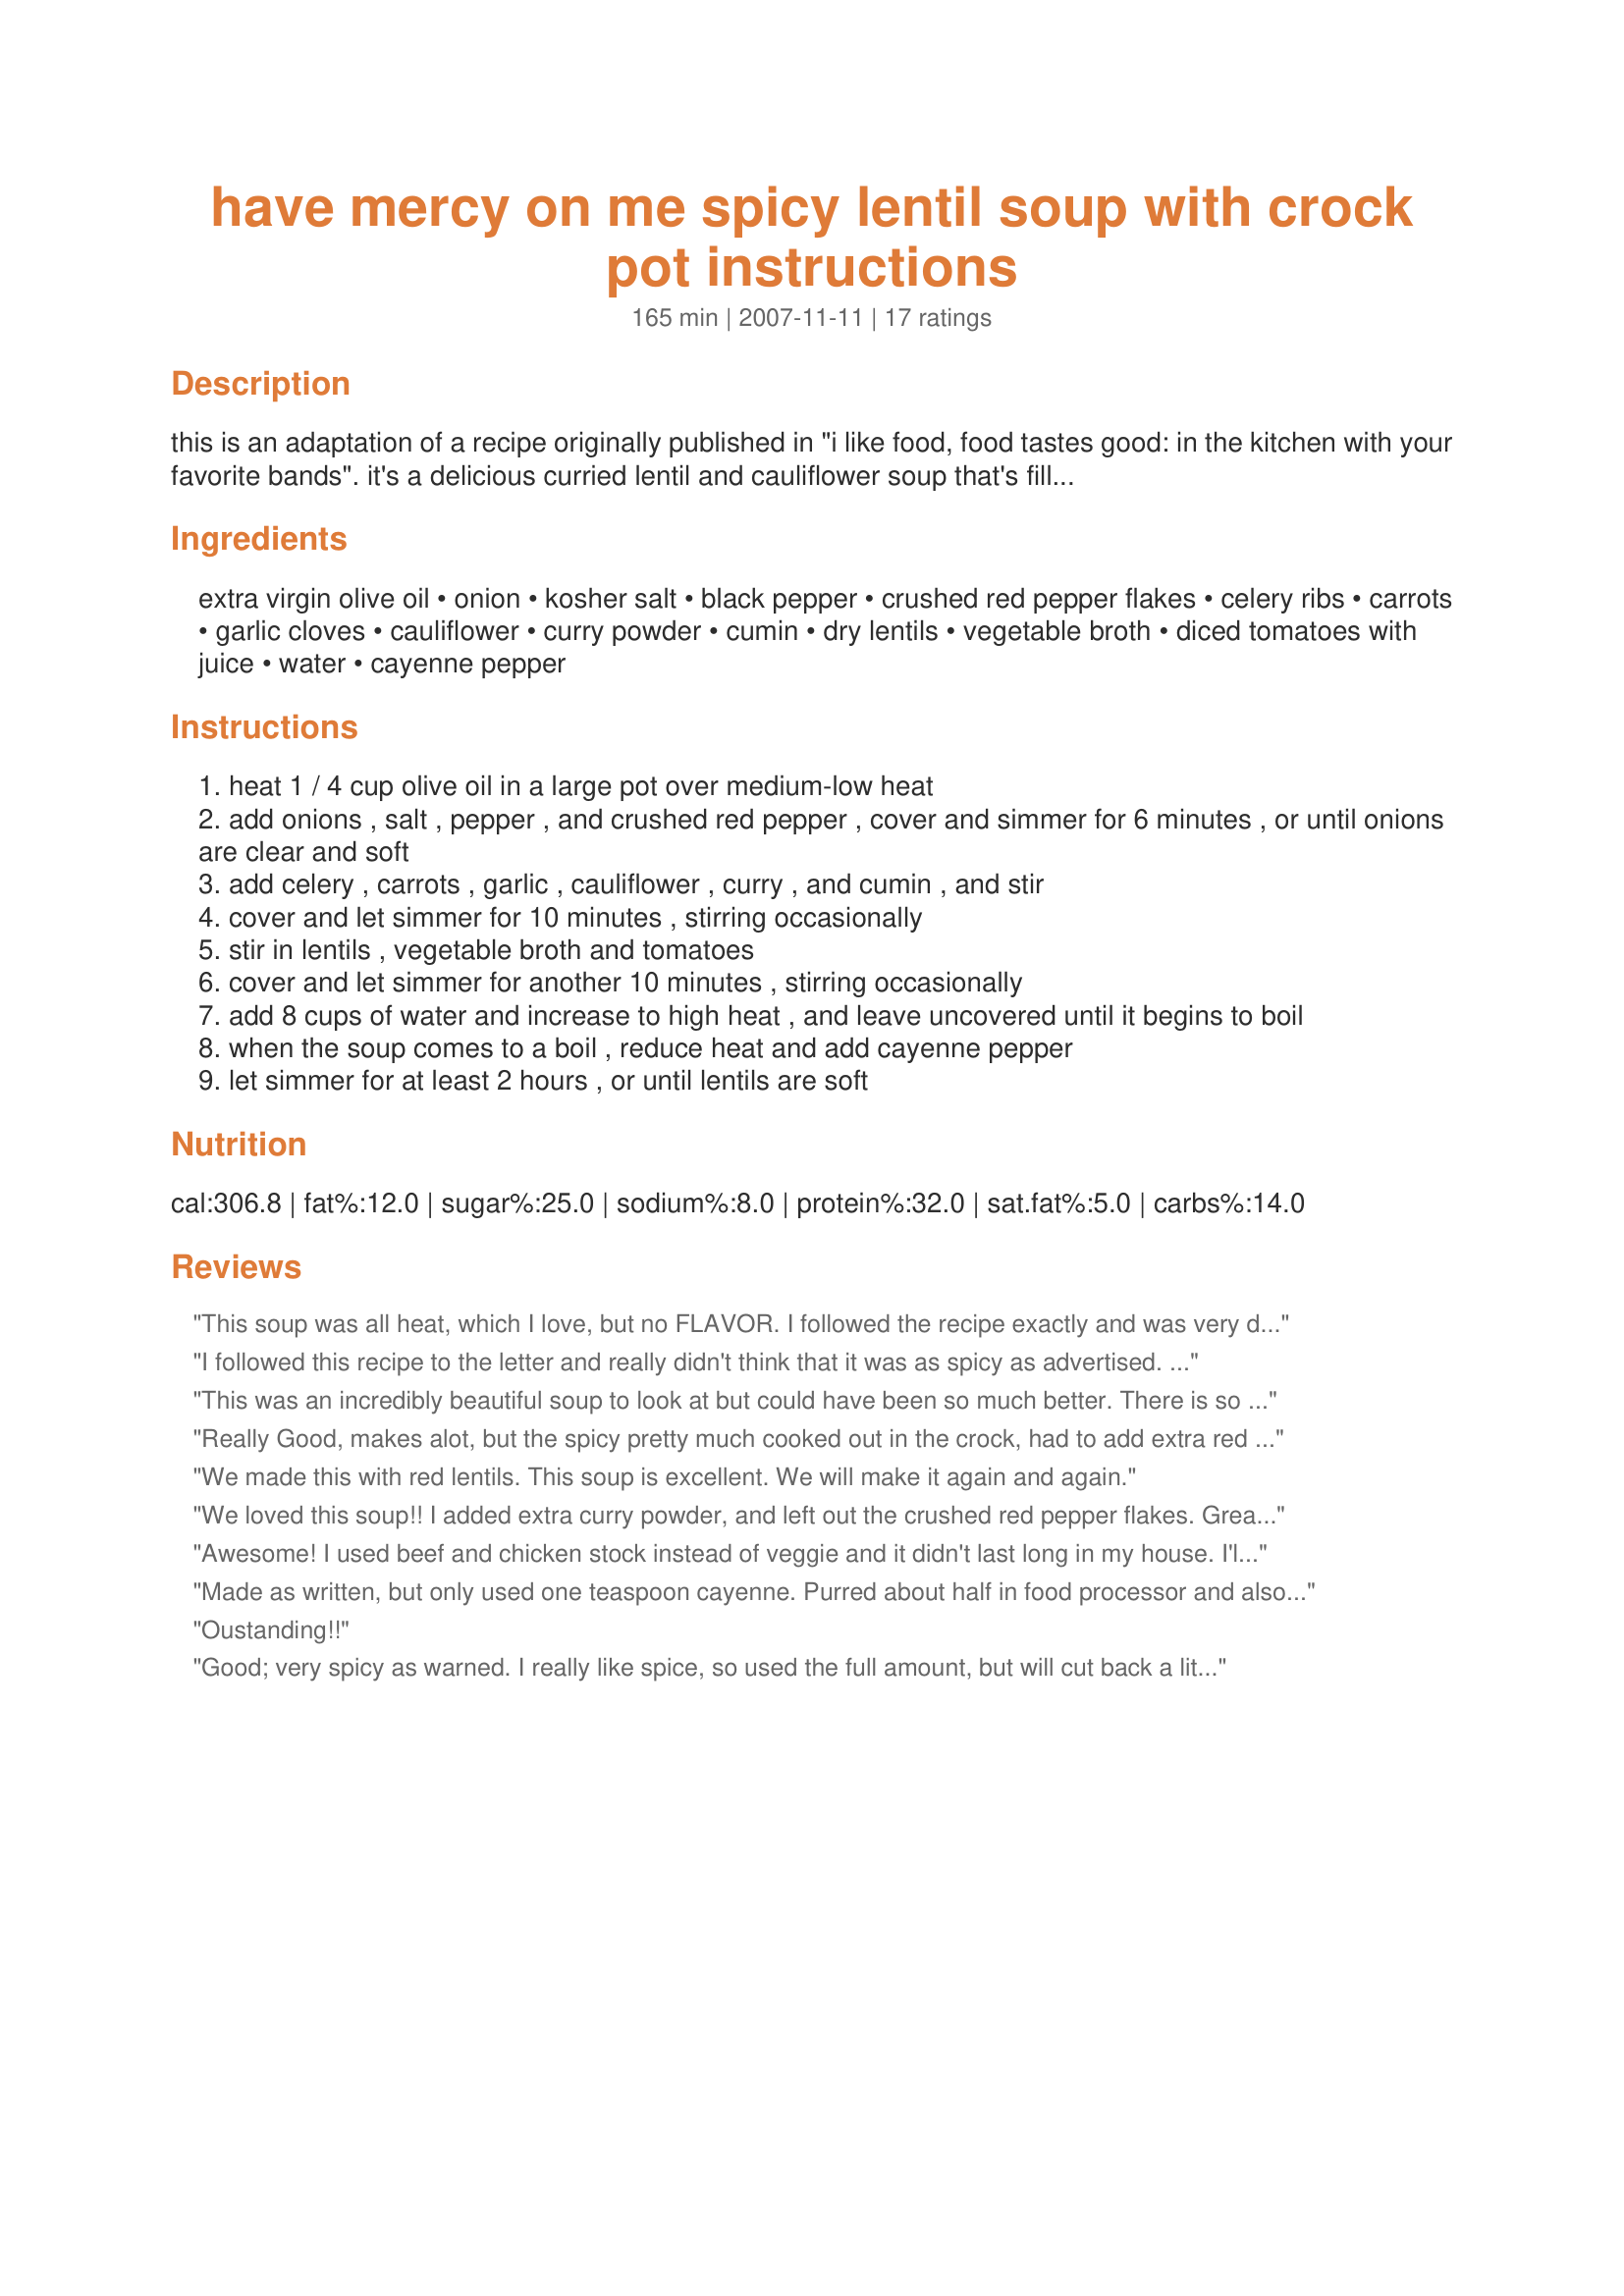
have mercy on me spicy lentil soup with crock pot instructions
Preparation time: 165 minutes

this is an adaptation of a recipe originally published in "i like food, food tastes good: in the kitchen with your favorite bands". it's a delicious curried lentil and cauliflower soup that's filling and incredibly nutritious, and it keeps beautifully for days! you can even make it ahead and freeze it.

warning: if you follow this recipe to the letter, it is extremely spicy! please plan accordingly!

Ingredients:
extra virgin olive oil, onion, kosher salt, black pepper, crushed red pepper flakes, celery ribs, carrots, garlic cloves, cauliflower, curry powder, cumin, dry lentils, vegetable broth, diced tomatoes with juice, water, cayenne pepper

Steps:
heat 1 / 4 cup olive oil in a large pot over medium-low heat
add onions , salt , pepper , and crushed red pepper , cover and simmer for 6 minutes , or until onions are clear and soft
add celery , carrots , garlic , cauliflower , curry , and cumin , and stir
cover and let simmer for 10 minutes , stirring occasionally
stir in lentils , vegetable broth and tomatoes
cover and let simmer for another 10 minutes , stirring occasionally
add 8 cups of water and increase to high heat , and leave uncovered until it begins to boil
when the soup comes to a boil , reduce heat and add cayenne pepper
let simmer for at least 2 hours , or until lentils are soft

Reviews:
This soup was all heat, which I love, but no FLAVOR. I followed the recipe exactly and was very disappointed. I had to doctor it up so that it will be eaten and not thrown out. I added bay leaf, ginger, garam masala, some beef bouillon and reheated. I also added fresh sauteed cilantro and spinach. Much better!
I followed this recipe to the letter and really didn't think that it was as spicy as advertised. Perhaps I am just used to spicy food. 

All in all, I recommend it. It's a good easy recipe :)
This was an incredibly beautiful soup to look at but could have been so much better. There is so much curry in this that it overwhelms the taste of anything else ( I used the hot pepper according to my taste so that was not interfering with the taste in any way) so that all you taste is curry. I would have enjoyed this more with alot less curry so that I would actually be able to taste the vegetables, the cumin, etc. I'm sure this would be wonderful with the spice adjustments as suggested.
Really Good, makes alot, but the spicy pretty much cooked out in the crock, had to add extra red pepper.
We made this with red lentils. This soup is excellent. We will make it again and again.
We loved this soup!! I added extra curry powder, and left out the crushed red pepper flakes. Great, thanks.
Awesome! I used beef and chicken stock instead of veggie and it didn't last long in my house. I'll have to double it if I'm going to freeze any. Big hit!
Made as written, but only used one teaspoon cayenne. Purred about half in food processor and also added a bit if ham. Delicious!
Oustanding!!
Good; very spicy as warned. I really like spice, so used the full amount, but will cut back a little next time. I was afraid leftovers would be hotter, but had actually mellowed a little bit. Made as is except only used a tsp or so of olive oil which worked out fine. I made a half recipe and stuck quite a bit of it in the freezer as something quick to pull out to bring for lunches (especially good for Friday lenten meal). Thanks for posting. I did not think the curry was overwhelming; I thought it blended very nicely. Edited to add: It freezes nicely. The spiciness actually lessened a little with freezing.
Made this pretty much as written (omitted the cayenne). Didn't say what kind of lentils so I used red. Nice amount of heat but i like spicy. Tasted great the second day too. Made a lot, froze some.
So good! I used 1 tablespoon oil to saute the onions. Lentils are quick cooking so I made it stove top. Added thyme and a bay leaf. Lots of black pepper. Thanks.
We really liked this soup. Made as directed with just a tad more spice than directed. Very good, and freezes really well. I used a stick blender and pulsed it several times to vary the texture a little. Thanks for sharing!
I'm giving this 5 stars even though there was too much heat for us to taste all the other flavors. We like spice, and it wasn't too spicy, just a bit overpowering. The leftovers were even tastier, and with a slight heat adjustment this will be just terrific for a cool fall or winter night. I'll be dialing it down from 1.5 teaspoons of cayenne to 1 or less. Thanks, elastigirl!
Loved the recipe. I added 2 onions, 2T. Crushed red pepper flakes, 4 carrots and a half a peeled, chopped yam. I also used beef broth instead of vegitable broth. Husband like it...surprise.
Thanks,

Harlan
I have this cookbook, and this is by far my favorite recipe! It's sooo good!!! I put half the red pepper b/c I'm a wimp. Still wonderful!
Delicious! I had some friends over for dinner, a mix of vegans and carnivores, and they all loved it! I was looking forward to enough leftovers to freeze, but there wasn't enough left. I did make a few modifications, based on some reviews. I cut the spices down to 1 teaspoonn instead of 2....and there was still plenty of heat. I did have to add a little extra salt at the end to bring out the flavors. I also reserved some soup and added sausage, for the meat eaters.
